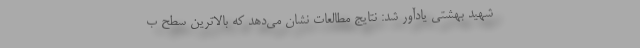
شهید بهشتی یادآور شد: نتایج مطالعات نشان می‌دهد که بالاترین سطح ب